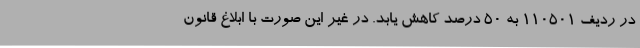
در ردیف 110501 به 50 درصد کاهش یابد. در غیر این صورت با ابلاغ قانون